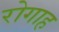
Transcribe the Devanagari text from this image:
रोगाह